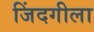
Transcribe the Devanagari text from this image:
जिंदगीला